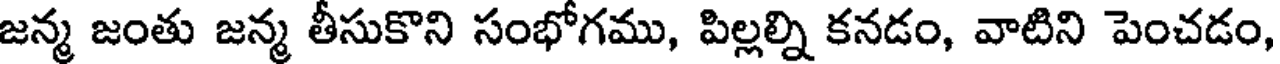
జన్మ జంతు జన్మ తీసుకొని సంభోగము, పిల్లల్ని కనడం, వాటిని పెంచడం,